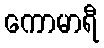
ကောမာရီ